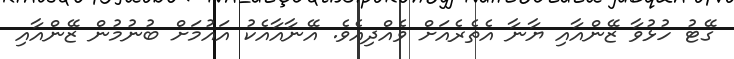
ގޭޓު ހުޅުވާ ޒޭންއާއި ޔާނާ އެތެރެއަށް ވެއްދިއެވެ. އޭނާއާއެކު އައުމަށް ބުނުމުން ޒޭންއާއި